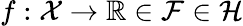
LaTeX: f:\mathcal{X}\to\mathbb{R}\in\mathcal{F}\in\mathcal{H}